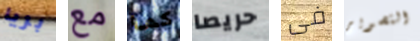
بريا مع كما حريصا فى التصوير